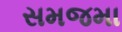
સમજમા